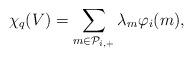
LaTeX: \begin{align*}\chi_q(V) = \sum_{m \in \mathcal{P}_{i, +}} \lambda_m \varphi_i(m),\end{align*}